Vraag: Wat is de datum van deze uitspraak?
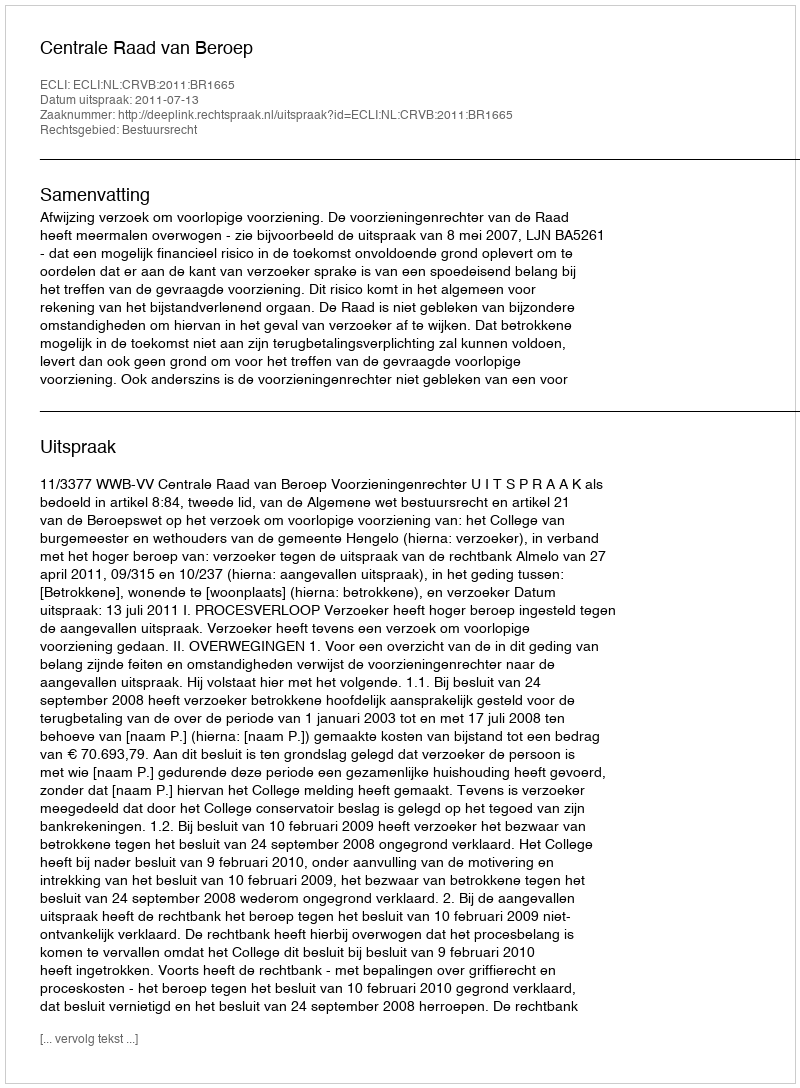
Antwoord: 2011-07-13